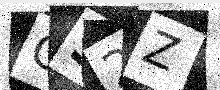
Text: CS2Z